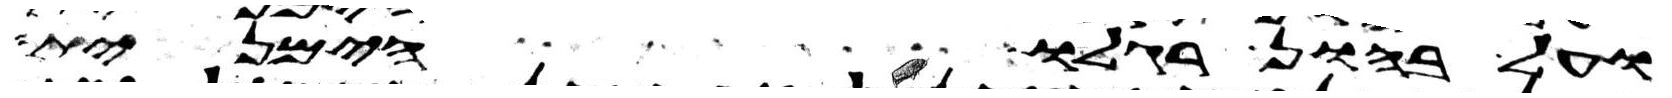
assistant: ועל בהון רגלו הימנית